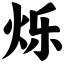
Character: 烁